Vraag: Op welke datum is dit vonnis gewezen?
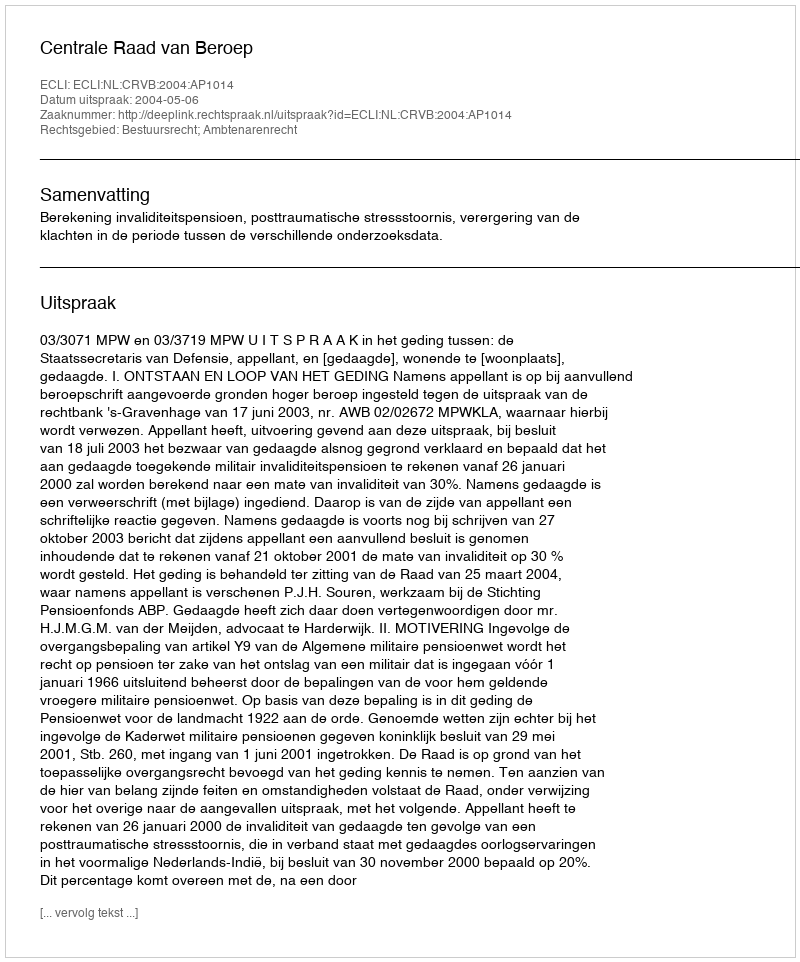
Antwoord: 2004-05-06